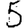
Digit: 5